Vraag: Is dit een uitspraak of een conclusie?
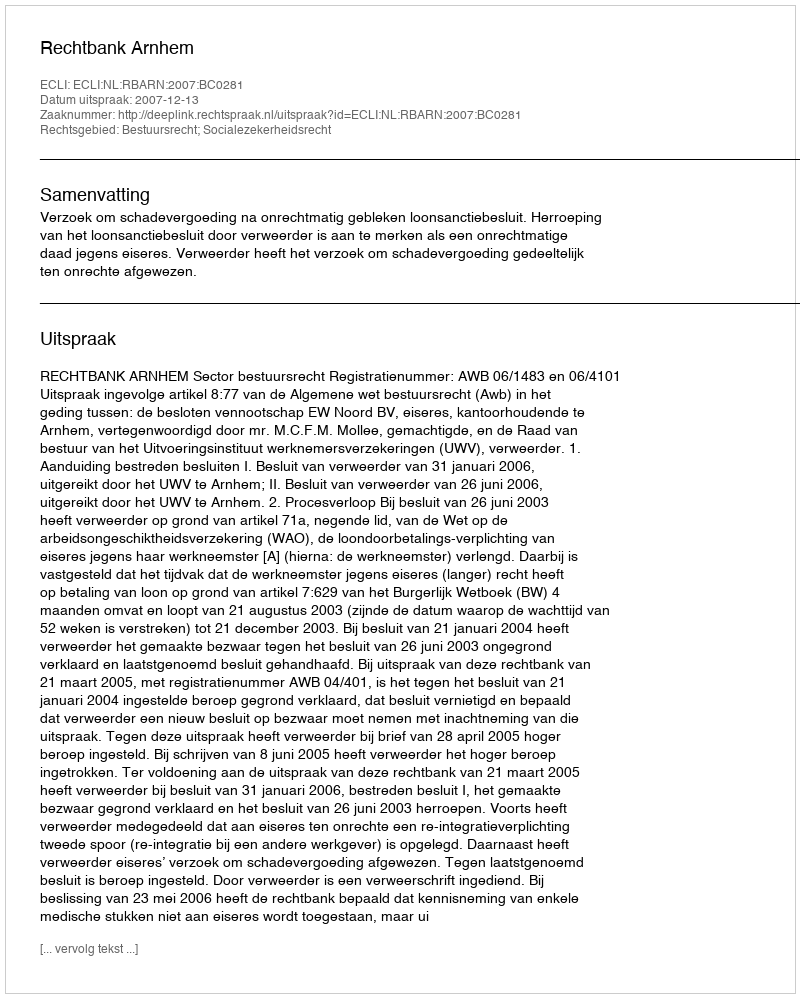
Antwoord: Uitspraak